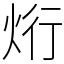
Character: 烆